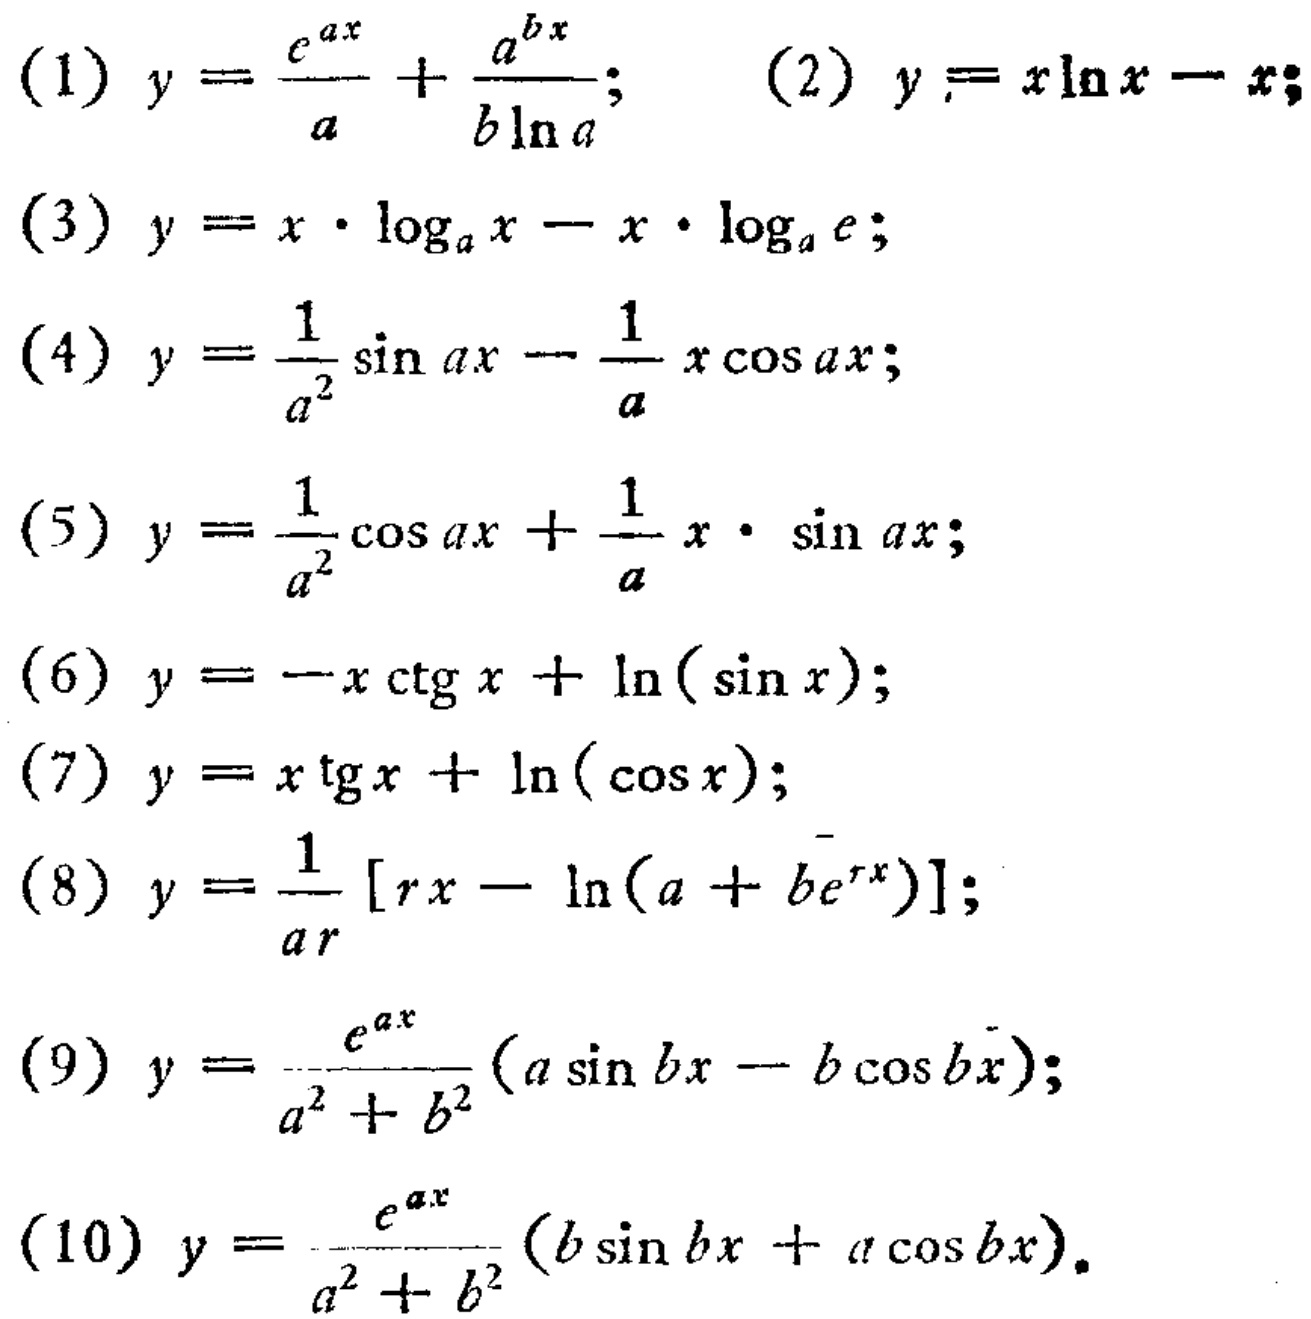
(1) \(y = \frac{e^{ax}}{a}+\frac{a^{bx}}{b\ln a}\); (2) \(y = x\ln x - x\);
(3) \(y = x\cdot\log_{a}x - x\cdot\log_{a}e\);
(4) \(y = \frac{1}{a^{2}}\sin ax-\frac{1}{a}x\cos ax\);
(5) \(y = \frac{1}{a^{2}}\cos ax+\frac{1}{a}x\cdot\sin ax\);
(6) \(y = -x\mathrm{ctg}\,x+\ln(\sin x)\);
(7) \(y = x\mathrm{tg}\,x+\ln(\cos x)\);
(8) \(y = \frac{1}{ar}[rx - \ln(a + be^{rx})]\);
(9) \(y = \frac{e^{ax}}{a^{2}+b^{2}}(a\sin bx - b\cos bx)\);
(10) \(y = \frac{e^{ax}}{a^{2}+b^{2}}(b\sin bx + a\cos bx)\).